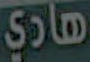
هادي